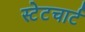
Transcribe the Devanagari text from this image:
स्टेटचार्ट